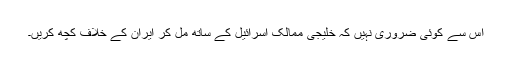
اس سے کوئى ضرورى نہیں کہ خلیجى ممالک اسرائیل کے ساتھ مل کر ایران کے خلاف کچھ کریں۔